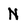
Character: N